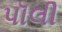
પૉલી